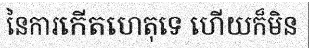
នៃការកើតហេតុទេ ហើយក៏មិន